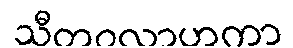
သီတဝလာဟကာ